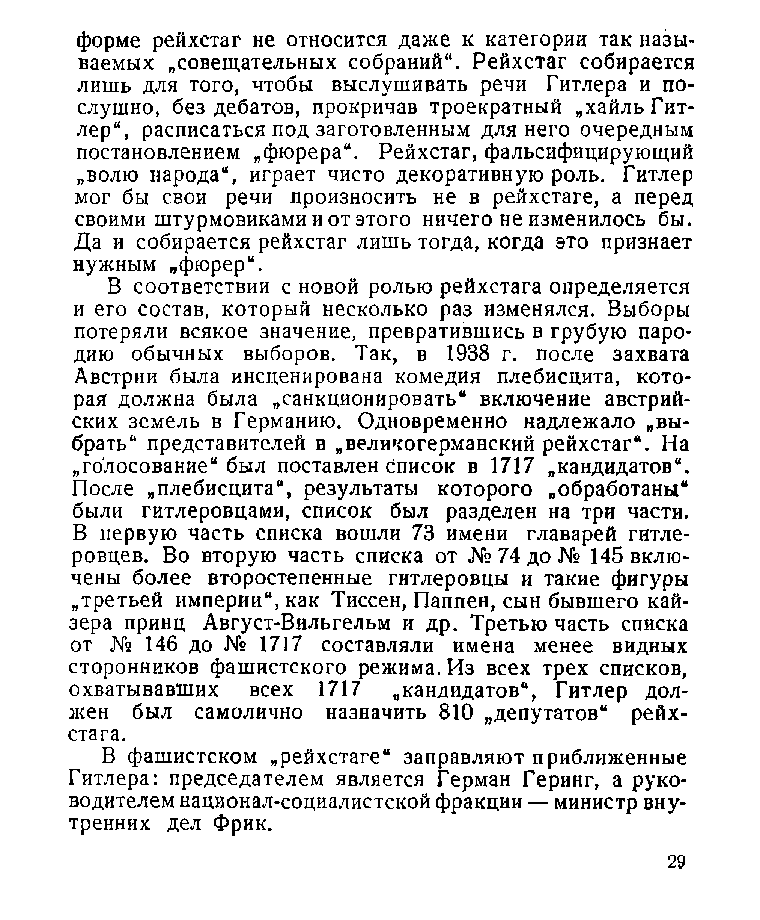
форме рейхстаг не относится даже к категории так назы­
 ваемых „совещательных собраний“. Рейхстаг собирается
 лишь для того, чтобы выслушивать речи Гитлера и по­
 слушно, без дебатов, прокричав троекратный „хайль Гит­
 лер“, расписаться под заготовленным для него очередным
 постановлением „фюрера“. Рейхстаг, фальсифицирующий
 „волю народа“, играет чисто декоративную роль. Гитлер
 мог бы свои речи произносить не в рейхстаге, а перед
 своими штурмовиками и от этого ничего не изменилось бы.
 Да и собирается рейхстаг лишь тогда, когда это признает
 нужным „фюрер“.
 В соответствии с новой ролью рейхстага определяется
 и его состав, который несколько раз изменялся. Выборы
 потеряли всякое значение, превратившись в грубую паро­
 дию обычных выборов. Так, в 1938 г. после захвата
 Австрии была инсценирована комедия плебисцита, кото­
 рая должна была „санкционировать“ включение австрий­
 ских земель в Германию. Одновременно надлежало „вы­
 брать“ представителей в „великогерманский рейхстаг*. На
 „голосование“ был поставлен список в 1717 „кандидатов“.
 После „плебисцита“, результаты которого „обработаны“
 были гитлеровцами, список был разделен на три части.
 В первую часть списка вошли 73 имени главарей гитле­
 ровцев. Во вторую часть списка от №74до№ 145 вклю­
 чены более второстепенные гитлеровцы и такие фигуры
 „третьей империи“, как Тиссен, Паппен, сын бывшего кай­
 зера принц Август-Вильгельм и др. Третью часть списка
 от № 146 до № 1717 составляли имена менее видных
 сторонников фашистского режима. Из всех трех списков,
 охватывавших всех 1717 „кандидатов“, Гитлер дол­
 жен был самолично назначить 810 „депутатов“ рейх­
 стага.
 В фашистском „рейхстаге“ заправляют приближенные
 Гитлера: председателем является Герман Геринг, а руко­
 водителем национал-социалистской фракции — министр вну­
 тренних дел Фрик.
 29